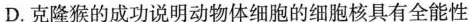
D.克隆猴的成功说明动物体细胞的细胞核具有全能性